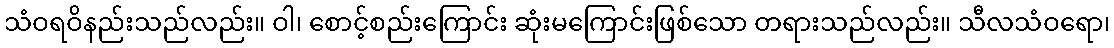
သံဝရဝိနည်းသည်လည်း။ ဝါ၊ စောင့်စည်းကြောင်း ဆုံးမကြောင်းဖြစ်သော တရားသည်လည်း။ သီလသံဝရော၊